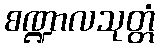
စဏ္ဍာလသုတ္တံ